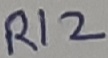
Text: R12